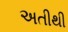
અતીથી